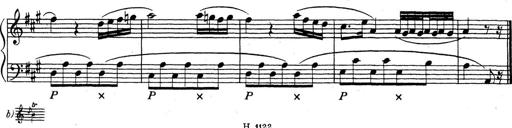
Title: ÄŒeskÃ© Sonatiny
Composer: Various